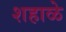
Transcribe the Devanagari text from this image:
शहाळे